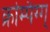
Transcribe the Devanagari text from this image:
क्रम्पिंग्ग्